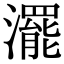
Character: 𤁣